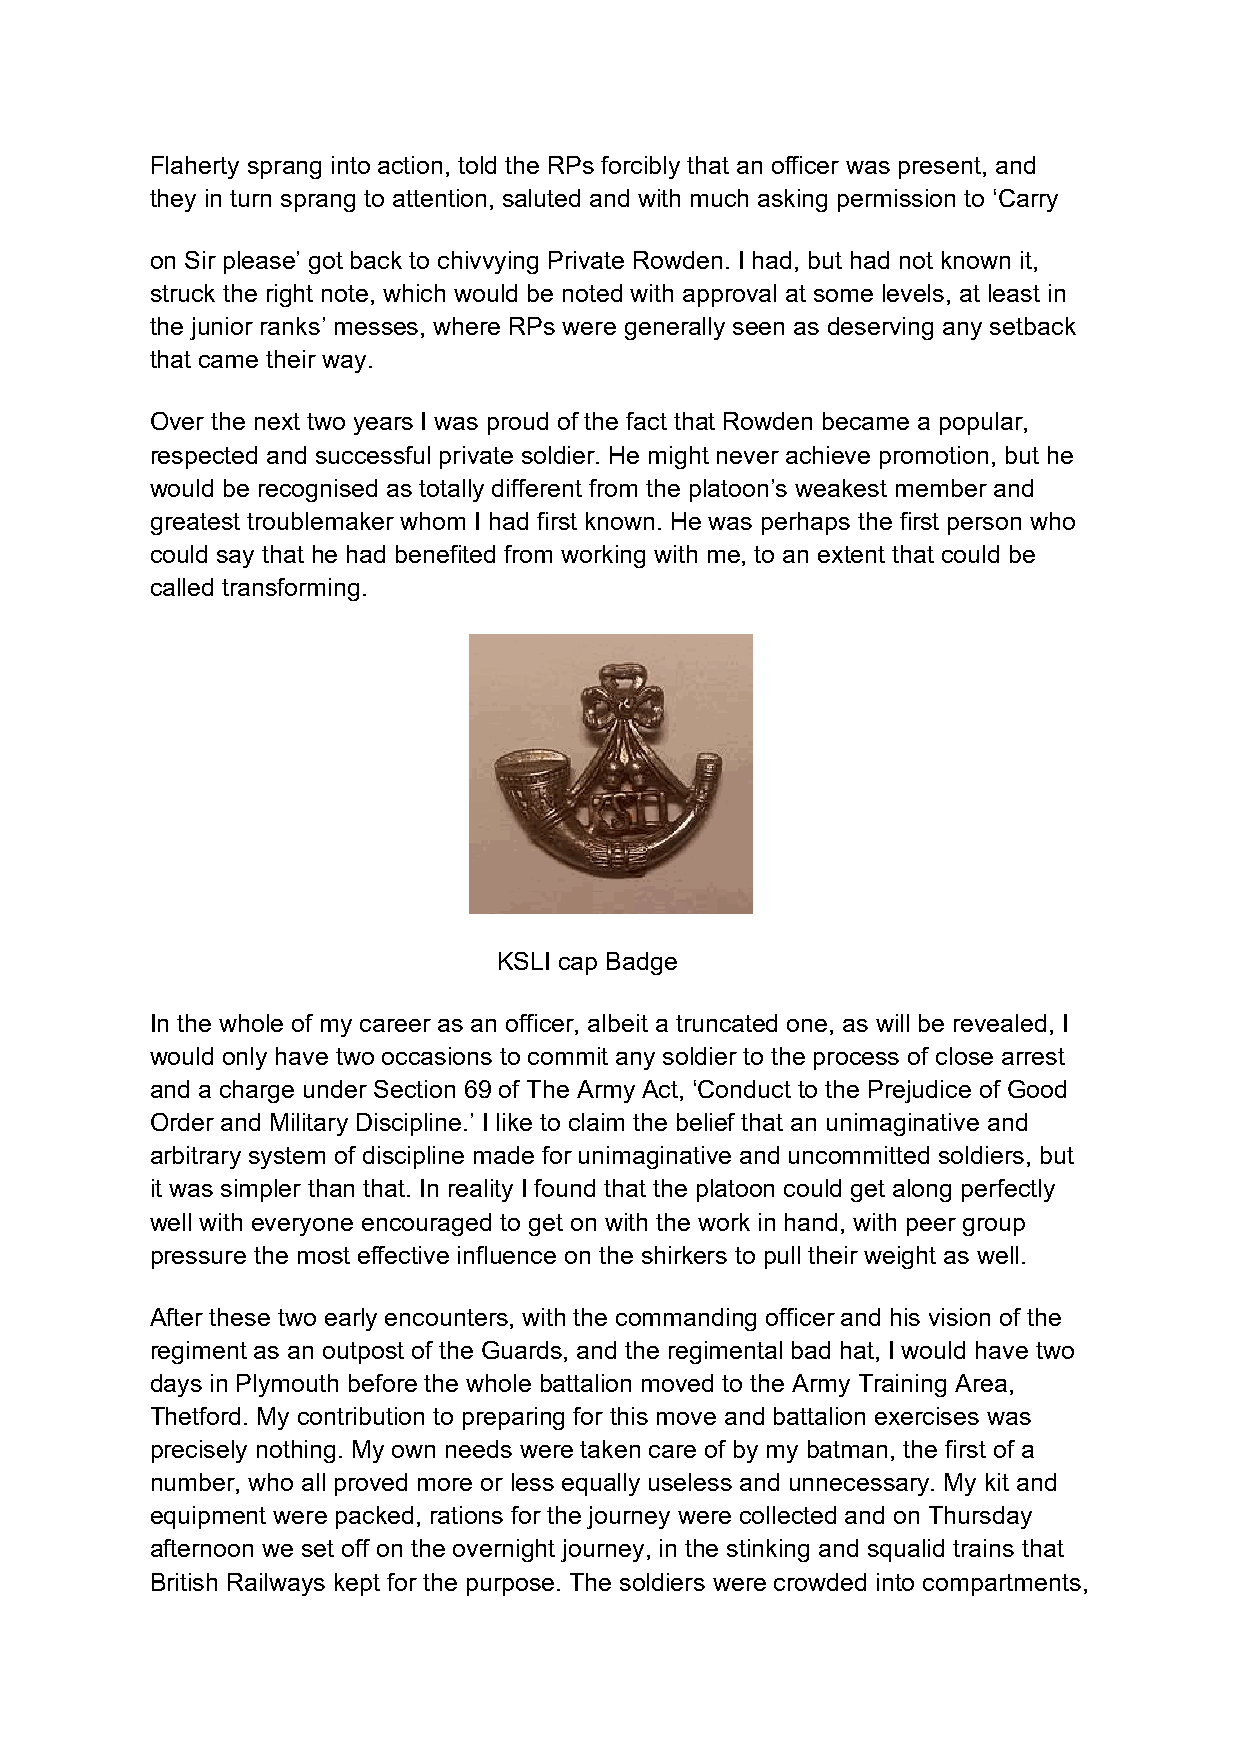
Flaherty sprang into action, told the RPs forcibly that an officer was present, and
 they in turn sprang to attention, saluted and with much asking permission to ‘Carry
 on Sir please’ got back to chivvying Private Rowden. I had, but had not known it,
 struck the right note, which would be noted with approval at some levels, at least in
 the junior ranks’ messes, where RPs were generally seen as deserving any setback
 that came their way.
 Over the next two years I was proud of the fact that Rowden became a popular,
 respected and successful private soldier. He might never achieve promotion, but he
 would be recognised as totally different from the platoon’s weakest member and
 greatest troublemaker whom I had first known. He was perhaps the first person who
 could say that he had benefited from working with me, to an extent that could be
 called transforming.
 KSLI cap Badge
 In the whole of my career as an officer, albeit a truncated one, as will be revealed, I
 would only have two occasions to commit any soldier to the process of close arrest
 and a charge under Section 69 of The Army Act, ‘Conduct to the Prejudice of Good
 Order and Military Discipline.’ I like to claim the belief that an unimaginative and
 arbitrary system of discipline made for unimaginative and uncommitted soldiers, but
 it was simpler than that. In reality I found that the platoon could get along perfectly
 well with everyone encouraged to get on with the work in hand, with peer group
 pressure the most effective influence on the shirkers to pull their weight as well.
 After these two early encounters, with the commanding officer and his vision of the
 regiment as an outpost of the Guards, and the regimental bad hat, I would have two
 days in Plymouth before the whole battalion moved to the Army Training Area,
 Thetford. My contribution to preparing for this move and battalion exercises was
 precisely nothing. My own needs were taken care of by my batman, the first of a
 number, who all proved more or less equally useless and unnecessary. My kit and
 equipment were packed, rations for the journey were collected and on Thursday
 afternoon we set off on the overnight journey, in the stinking and squalid trains that
 British Railways kept for the purpose. The soldiers were crowded into compartments,